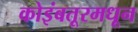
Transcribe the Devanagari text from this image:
कोइंबतूरमधून